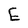
Character: E